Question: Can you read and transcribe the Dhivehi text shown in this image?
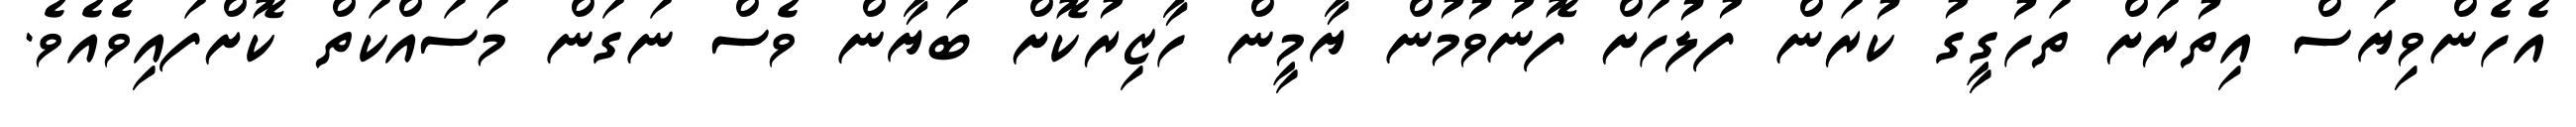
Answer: އެހެންވިޔަސް އިތުރަށް ތަހުގީގު ކުރަން ފުލުހަށް ފޮނުވުމުން ޔާމީން ހާޒިރުކޮށް ބަޔާން ވެސް ނަގަން މަސައްކަތް ކޮށްފައިވެއެވެ.